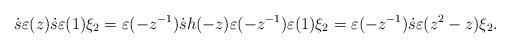
LaTeX: \begin{align*}\dot{s}\varepsilon (z)\dot{s} \varepsilon (1) \xi_2=\varepsilon(-z^{-1}) \dot{s} h(-z)\varepsilon(-z^{-1}) \varepsilon (1) \xi_2 =\varepsilon(-z^{-1}) \dot{s} \varepsilon(z^2-z) \xi_2.\end{align*}